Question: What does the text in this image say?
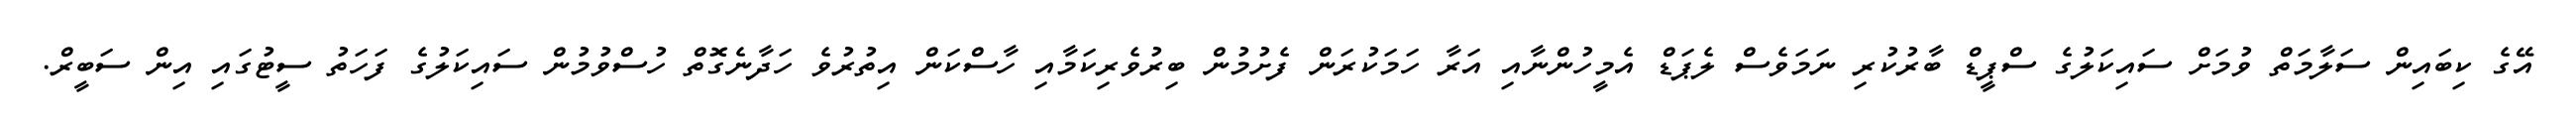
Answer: އޭގެ ކިބައިން ސަލާމަތް ވުމަށް ސައިކަލުގެ ސްޕީޑް ބާރުކުރި ނަމަވެސް ލެޕަޑް އެމީހުންނާއި އަރާ ހަމަކުރަން ފެށުމުން ބިރުވެރިކަމާއި ހާސްކަން އިތުރުވެ ހަދާނެގޮތް ހުސްވުމުން ސައިކަލުގެ ފަހަތު ސީޓުގައި އިން ސަބީރް.